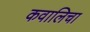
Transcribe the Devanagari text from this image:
कवालिचा